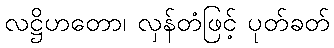
လဋ္ဌိဟတော၊ လှန်တံဖြင့် ပုတ်ခတ်